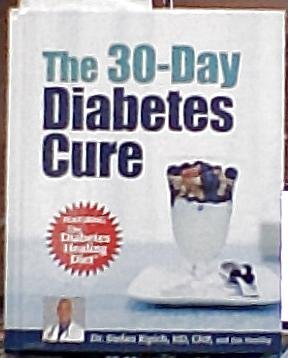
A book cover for The 30-day Diabetes Cure (Featuring the Diabetes Healing Diet); Dr. Stefan Ripich & Jim Healthy; Health, Fitness & Dieting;